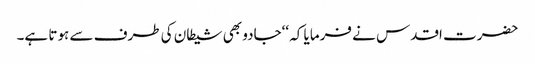
حضرت اقدس نے فرمایا کہ ‘‘جادو بھی شیطان کی طرف سے ہوتا ہے۔